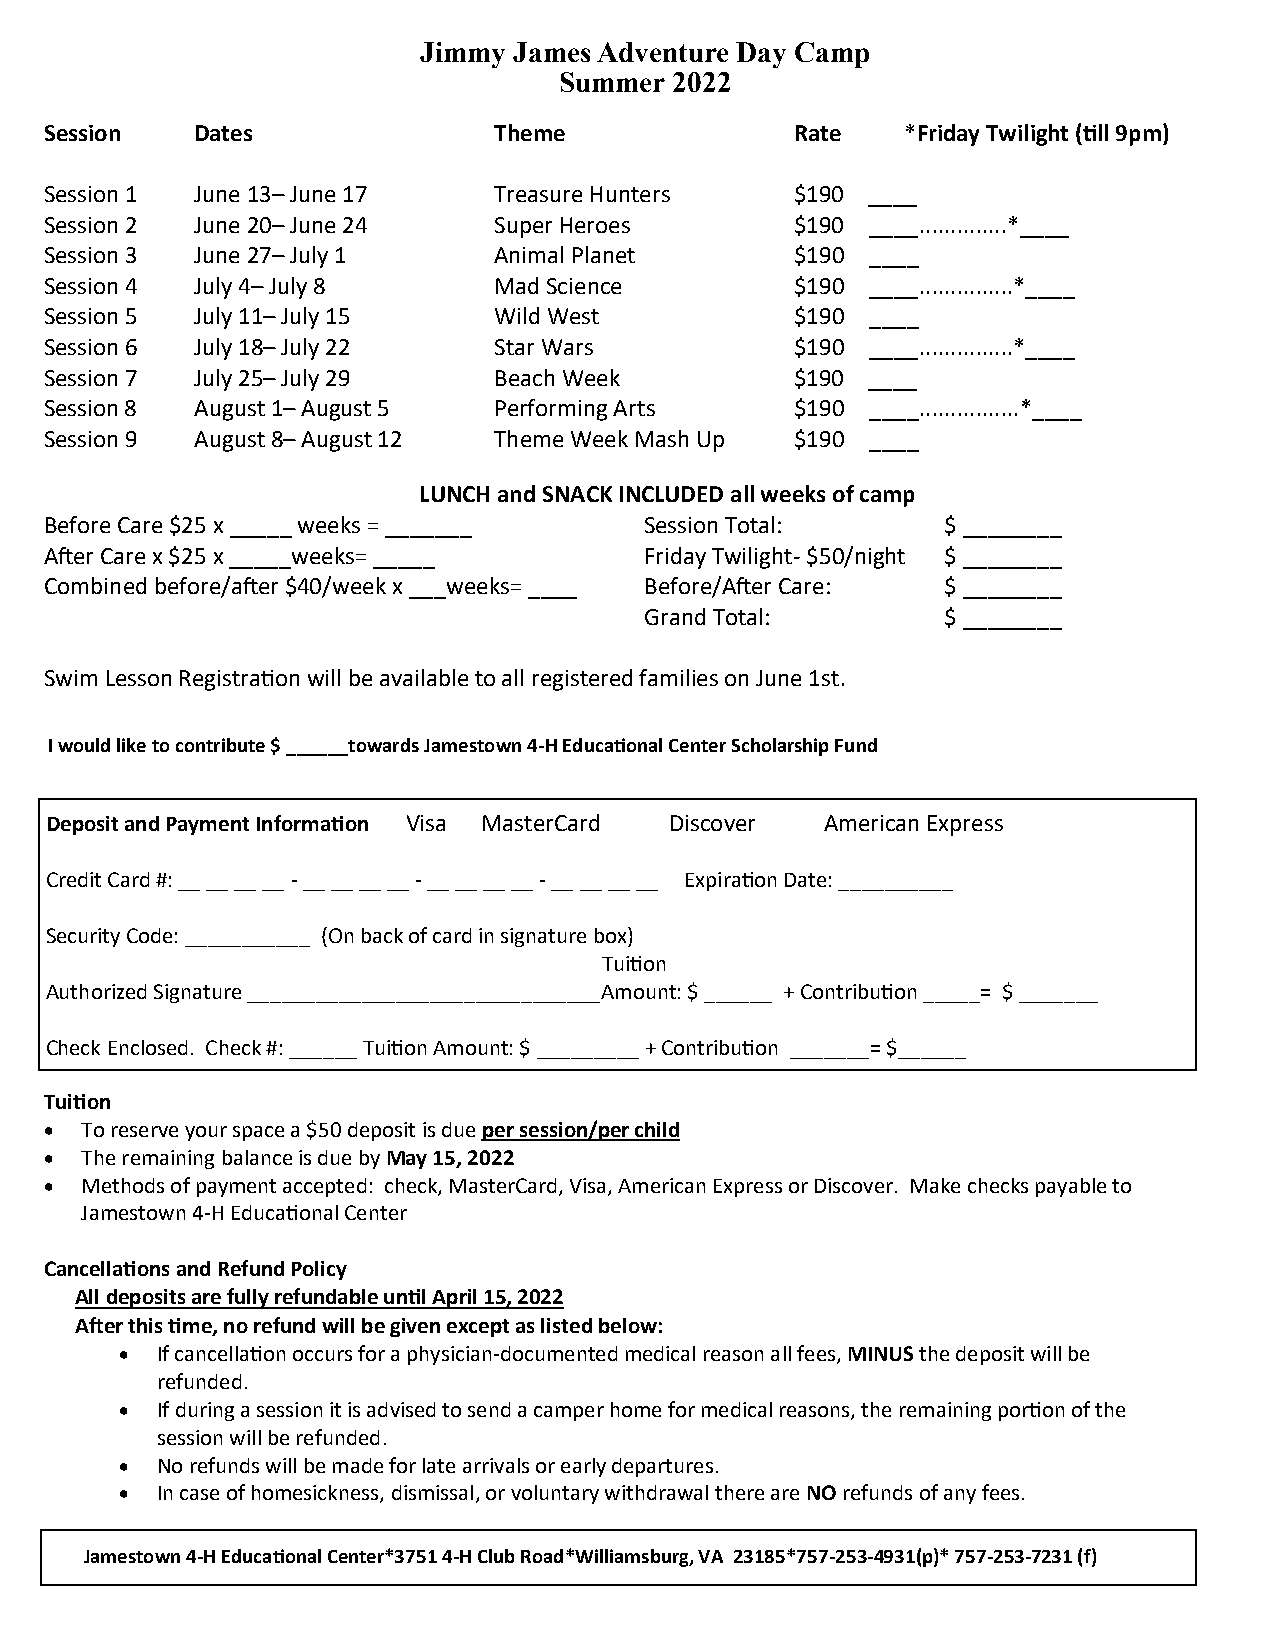
Jimmy James Adventure Day Camp
 Summer  2022
 Session   Dates               Theme               Rate   *Friday Twilight (till 9pm)
 Session 1 June 13– June 17    Treasure Hunters    $190 ____
 Session 2 June 20– June 24    Super Heroes        $190 ____..............*____
 Session 3 June 27– July 1     Animal Planet       $190 ____
 Session 4 July 4– July 8      Mad Science         $190 ____...............*____
 Session 5 July 11– July 15    Wild West           $190 ____
 Session 6 July 18– July 22    Star Wars           $190 ____...............*____
 Session 7 July 25– July 29    Beach Week          $190 ____
 Session 8 August 1– August 5  Performing Arts     $190 ____................*____
 Session 9 August 8– August 12 Theme Week Mash Up  $190 ____
 LUNCH and SNACK INCLUDED all weeks of camp
 Before Care $25 x _____ weeks = _______ Session Total:      $ ________
 After Care x $25 x _____weeks= _____    Friday Twilight- $50/night $ ________
 Combined before/after $40/week x ___weeks= ____ Before/After Care: $ ________
 Grand Total:        $ ________
 Swim Lesson Registration will be available to all registered families on June 1st.
 I would like to contribute $ ______towards Jamestown 4-H Educational Center Scholarship Fund
 Deposit and Payment Information Visa MasterCard Discover American Express
 Credit Card #: __ __ __ __ - __ __ __ __ - __ __ __ __ - __ __ __ __ Expiration Date: __________
 Security Code: ___________ (On back of card in signature box)
 Tuition
 Authorized Signature _______________________________Amount: $ ______ + Contribution _____= $ _______
 Check Enclosed. Check #: ______ Tuition Amount: $ _________ + Contribution _______= $______
 Tuition
 • To reserve your space a $50 deposit is due per session/per child
 • The remaining balance is due by May 15, 2022
 • Methods of payment accepted: check, MasterCard, Visa, American Express or Discover. Make checks payable to
 Jamestown 4-H Educational Center
 Cancellations and Refund Policy
 All deposits are fully refundable until April 15, 2022
 After this time, no refund will be given except as listed below:
 • If cancellation occurs for a physician-documented medical reason all fees, MINUS the deposit will be
 refunded.
 • If during a session it is advised to send a camper home for medical reasons, the remaining portion of the
 session will be refunded.
 • No refunds will be made for late arrivals or early departures.
 • In case of homesickness, dismissal, or voluntary withdrawal there are NO refunds of any fees.
 Jamestown 4-H Educational Center*3751 4-H Club Road*Williamsburg, VA 23185*757-253-4931(p)* 757-253-7231 (f)